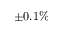
\pm 0 . 1 \%